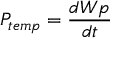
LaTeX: P _ { t e m p } = { \frac { d W p } { d t } }